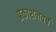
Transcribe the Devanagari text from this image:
प्रकाशनवर्ष